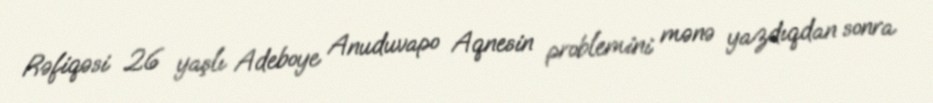
Rəfiqəsi 26 yaşlı Adeboye Anuduvapo Aqnesin problemini mənə yazdıqdan sonra